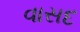
વાસદ